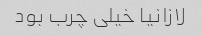
لازانیا خیلی چرب بود